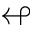
\looparrowleft